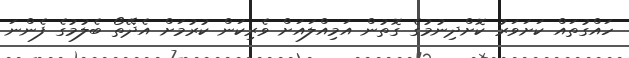
ހައްގުތައް ކަށަވަރު ކޮށްދިނުމުގެ ގޮތުން އަމިއްލައަށް ވެރިކަން ކުރުމަށް އެދޭތޯ ބެލުމުގެ ފެންނަ